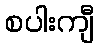
စပါးကျီ